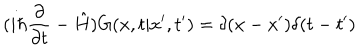
( i \hbar \frac { \partial } { \partial t } - \hat { H } ) G ( x , t | x ^ { \prime } , t ^ { \prime } ) = \delta ( x - x ^ { \prime } ) \delta ( t - t ^ { \prime } )